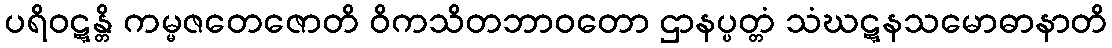
ပရိဝဋ္ဋန္တိ ကမ္မဇတေဇောတိ ဝိကသိတဘာဝတော ဌာနပ္ပတ္တံ သံဃဋ္ဋနသမောဓာနာတိ